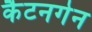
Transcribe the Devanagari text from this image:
कैटनगेन